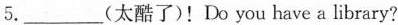
5.___(太酷了)!Do you have a library?